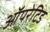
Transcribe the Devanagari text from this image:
ऑपरेटिड